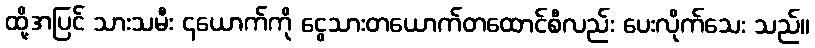
ထို့အပြင် သားသမီး ၄ယောက်ကို ငွေသားတယောက်တထောင်စီလည်း ပေးလိုက်သေး သည်။